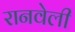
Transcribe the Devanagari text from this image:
रानवेली